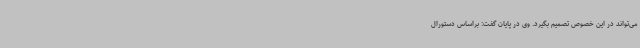
می‌تواند در این خصوص تصمیم بگیرد. وی در پایان گفت: براساس دستورال